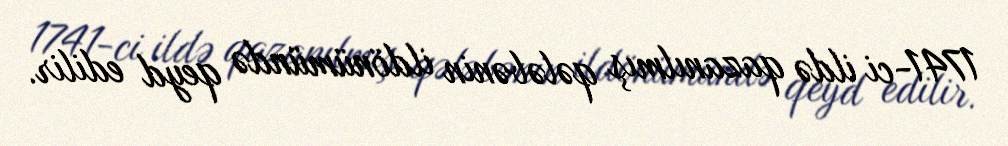
1741-ci ildə qazanılmış qələbənin ildönümündə qeyd edilir.